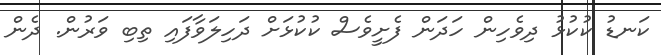
ކަނޑު ކުކުޅު ދިވެހިން ހަދަން ފެށީވެސް ކުކުޅަށް ދަހިލަވާފައި ތިބި ވަރުން. ދެން